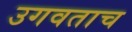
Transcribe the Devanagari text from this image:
उगवताच